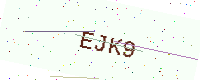
Text: EJK9